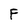
Character: F